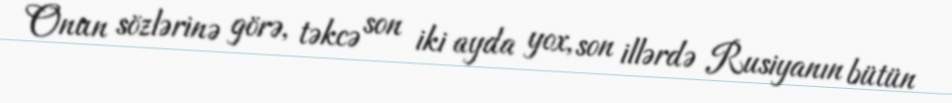
Onun sözlərinə görə, təkcə son iki ayda yox, son illərdə Rusiyanın bütün